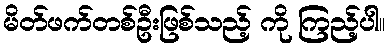
မိတ်ဖက်တစ်ဦးဖြစ်သည့် ကို ကြည့်ပါ။